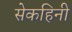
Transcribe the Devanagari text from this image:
सेकहिनी